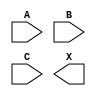
module sky130_fd_sc_hdll__or3 (
    //# {{data|Data Signals}}
    input  A,
    input  B,
    input  C,
    output X
);

    // Voltage supply signals
    supply1 VPWR;
    supply0 VGND;
    supply1 VPB ;
    supply0 VNB ;

endmodule